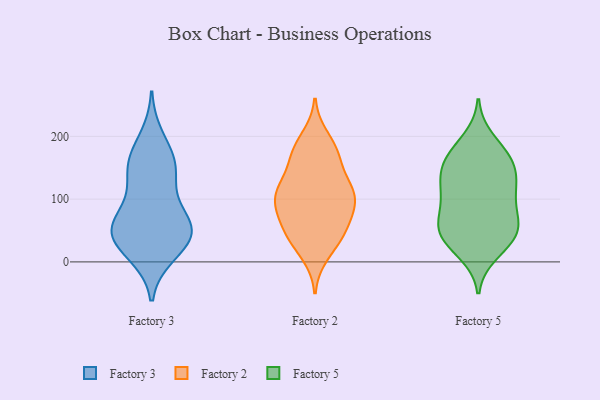
{"axis": {"x": "Churn Rate (%)", "y": "Value"}, "legend": ["Factory 2", "Factory 3", "Factory 5"], "data": [{"x": "", "y": 93, "type": "Factory 3"}, {"x": "", "y": 165, "type": "Factory 3"}, {"x": "", "y": 148, "type": "Factory 3"}, {"x": "", "y": 111, "type": "Factory 3"}, {"x": "", "y": 12, "type": "Factory 3"}, {"x": "", "y": 199, "type": "Factory 3"}, {"x": "", "y": 155, "type": "Factory 3"}, {"x": "", "y": 41, "type": "Factory 3"}, {"x": "", "y": 50, "type": "Factory 3"}, {"x": "", "y": 48, "type": "Factory 3"}, {"x": "", "y": 152, "type": "Factory 3"}, {"x": "", "y": 59, "type": "Factory 3"}, {"x": "", "y": 11, "type": "Factory 3"}, {"x": "", "y": 53, "type": "Factory 3"}, {"x": "", "y": 50, "type": "Factory 3"}, {"x": "", "y": 48, "type": "Factory 3"}, {"x": "", "y": 173, "type": "Factory 2"}, {"x": "", "y": 108, "type": "Factory 2"}, {"x": "", "y": 169, "type": "Factory 2"}, {"x": "", "y": 177, "type": "Factory 2"}, {"x": "", "y": 34, "type": "Factory 2"}, {"x": "", "y": 198, "type": "Factory 2"}, {"x": "", "y": 63, "type": "Factory 2"}, {"x": "", "y": 53, "type": "Factory 2"}, {"x": "", "y": 12, "type": "Factory 2"}, {"x": "", "y": 85, "type": "Factory 2"}, {"x": "", "y": 36, "type": "Factory 2"}, {"x": "", "y": 118, "type": "Factory 2"}, {"x": "", "y": 113, "type": "Factory 2"}, {"x": "", "y": 79, "type": "Factory 2"}, {"x": "", "y": 107, "type": "Factory 2"}, {"x": "", "y": 90, "type": "Factory 2"}, {"x": "", "y": 118, "type": "Factory 2"}, {"x": "", "y": 115, "type": "Factory 2"}, {"x": "", "y": 47, "type": "Factory 2"}, {"x": "", "y": 164, "type": "Factory 2"}, {"x": "", "y": 162, "type": "Factory 5"}, {"x": "", "y": 140, "type": "Factory 5"}, {"x": "", "y": 139, "type": "Factory 5"}, {"x": "", "y": 155, "type": "Factory 5"}, {"x": "", "y": 14, "type": "Factory 5"}, {"x": "", "y": 195, "type": "Factory 5"}, {"x": "", "y": 26, "type": "Factory 5"}, {"x": "", "y": 167, "type": "Factory 5"}, {"x": "", "y": 44, "type": "Factory 5"}, {"x": "", "y": 173, "type": "Factory 5"}, {"x": "", "y": 47, "type": "Factory 5"}, {"x": "", "y": 115, "type": "Factory 5"}, {"x": "", "y": 68, "type": "Factory 5"}, {"x": "", "y": 108, "type": "Factory 5"}, {"x": "", "y": 74, "type": "Factory 5"}, {"x": "", "y": 62, "type": "Factory 5"}, {"x": "", "y": 103, "type": "Factory 5"}, {"x": "", "y": 116, "type": "Factory 5"}, {"x": "", "y": 39, "type": "Factory 5"}, {"x": "", "y": 51, "type": "Factory 5"}]}